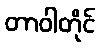
တာဝါတိုင်